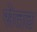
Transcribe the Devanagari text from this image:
सेतठ